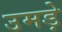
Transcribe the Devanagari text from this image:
उमड़े